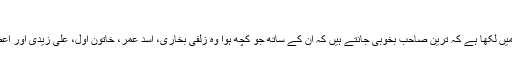
تہلکہ خیز انکشافات
لاہور (نیوز ڈیسک )سینئر صحافی سلیم صافی نے اپنے کالم میں لکھا ہے کہ ترین صاحب بخوبی جانتے ہیں کہ ان کے ساتھ جو کچھ ہوا وہ زلفی بخاری، اسد عمر، خاتونِ اول، علی زیدی اور اعظم خان نے مل کر کیا لیکن نام صرف اعظم خان کا لیتے ہیں۔